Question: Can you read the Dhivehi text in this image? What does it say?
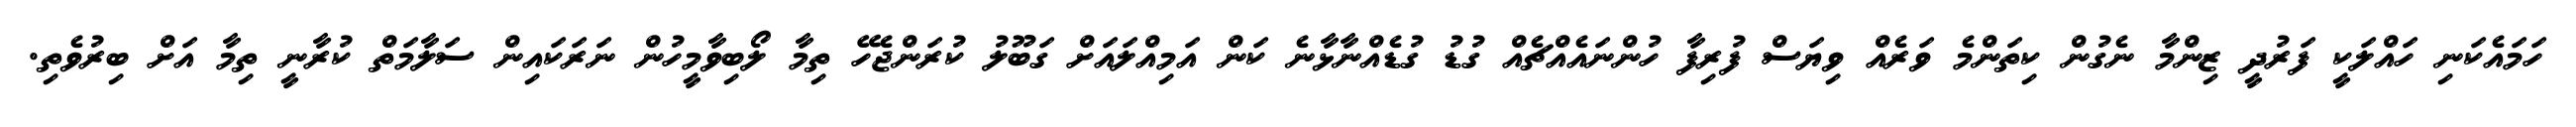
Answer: ހަމައެކަނި ހައްލަކީ ފަރުދީ ޒިންމާ ނެގުން ކިތަންމެ ވަރެއް ވިޔަސް ފުރިފާ ހުންނައެއްޗެއް ގުޑު ގުޑެއްނާޅާނެ ކަން އަމިއްލައަށް ގަބޫލު ކުރަންޖެހޭ ތިމާ ލޯބިވާމީހުން ނަރަކައިން ސަލާމަތް ކުރާނީ ތިމާ އަށް ބިރުވެތި.